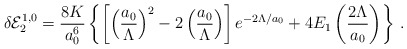
\begin{align*}\delta {\cal E}_2^{1,0}=\frac{8K}{a_0^6}\left\{\left[\left(\frac{a_0}{\Lambda}\right)^2-2\left(\frac{a_0}{\Lambda}\right)\right]e^{-2\Lambda/a_0}+4E_1\left(\frac{2\Lambda}{a_0}\right)\right\}\,{.}\end{align*}